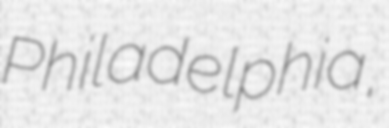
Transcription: Philadelphia,